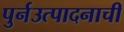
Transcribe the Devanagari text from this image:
पुर्नउत्पादनाची